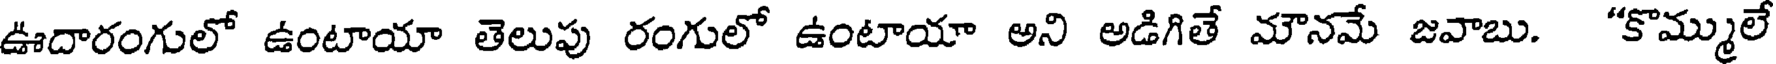
ఊదారంగులో ఉంటాయా తెలుపు రంగులో ఉంటాయా అని అడిగితే మౌనమే జవాబు. "కొమ్ములే